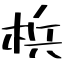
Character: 梹